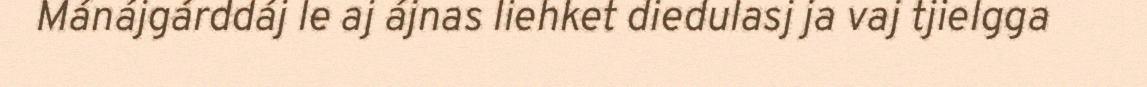
Mánájgárddáj le aj ájnas liehket diedulasj ja vaj tjielgga